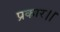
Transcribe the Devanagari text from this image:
प्रकार।।